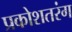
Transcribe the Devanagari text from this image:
प्रकोशतरंग